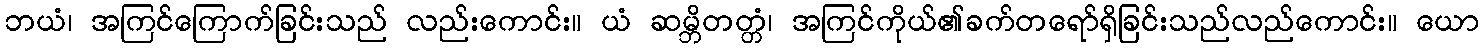
ဘယံ၊ အကြင်ကြောက်ခြင်းသည် လည်းကောင်း။ ယံ ဆမ္ဘိတတ္တံ၊ အကြင်ကိုယ်၏ခက်တရော်ရှိခြင်းသည်လည်ကောင်း။ ယော